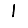
Digit: 1